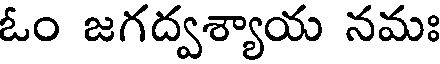
ఓం జగద్వశ్యాయ నమః